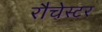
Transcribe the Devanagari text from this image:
रौचेस्टर